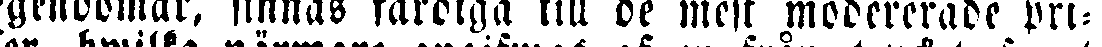
egendomar, finnas färdiga till be mest modererade pri-